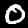
Label: 0